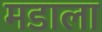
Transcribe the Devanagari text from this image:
मडाला